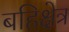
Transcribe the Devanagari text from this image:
बहिक्षेत्र